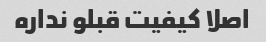
اصلا کیفیت قبلو نداره